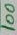
Text: 100